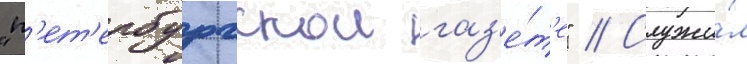
"п'ет'ербургскои газ'е́т'е" // Служи́л